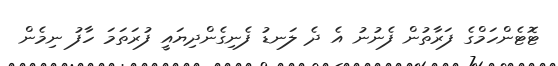
ޓޮޓެންހަމްގެ ފަރާތުން ފެނުނު އެ ދެ ލަނޑު ފެނިގެންދިޔައީ ފުރަތަމަ ހާފު ނިމެން